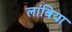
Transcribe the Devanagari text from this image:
लांबिया